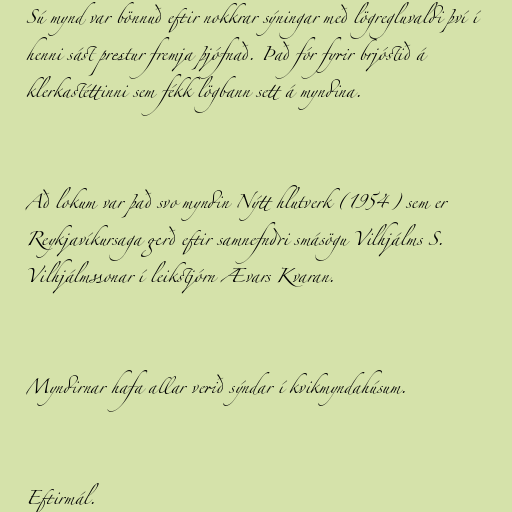
Sú mynd var bönnuð eftir nokkrar sýningar með lögregluvaldi því í
henni sást prestur fremja þjófnað. Það fór fyrir brjóstið á
klerkastéttinni sem fékk lögbann sett á myndina.

Að lokum var það svo myndin Nýtt hlutverk (1954) sem er
Reykjavíkursaga gerð eftir samnefndri smásögu Vilhjálms S.
Vilhjálmssonar í leikstjórn Ævars Kvaran.

Myndirnar hafa allar verið sýndar í kvikmyndahúsum.

Eftirmál.